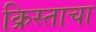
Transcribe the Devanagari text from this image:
क्रिस्ताचा